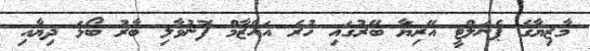
މާޒިޔާގެ ޕެނަލްޓީ އޭރިޔާ ބޭރުގައި ހުރެ އައްޒާމް ފޮނުވާލި ބާރު ބޯޅަ ދިޔާއި